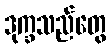
ဒုက္ခသည်တွေ